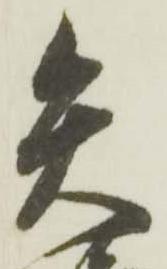
矢